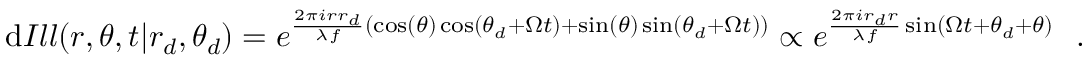
\mathrm { d } I l l ( r , \theta , t | r _ { d } , \theta _ { d } ) = e ^ { \frac { 2 \pi i r r _ { d } } { \lambda f } ( \cos ( \theta ) \cos ( \theta _ { d } + \Omega t ) + \sin ( \theta ) \sin ( \theta _ { d } + \Omega t ) ) } \propto e ^ { \frac { 2 \pi i r _ { d } r } { \lambda f } \sin ( \Omega t + \theta _ { d } + \theta ) } \ \ .